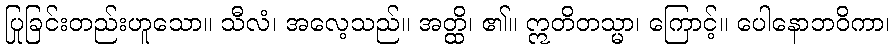
ပြုခြင်းတည်းဟူသော။ သီလံ၊ အလေ့သည်။ အတ္ထိ၊ ၏။ ဣတိတသ္မာ၊ ကြောင့်။ ပေါနောဘဝိကာ၊